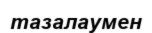
тазалаумен